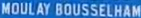
MOULAY BOUSSELHAM